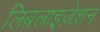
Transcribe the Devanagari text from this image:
लिब्रलाइज़ेशन